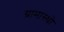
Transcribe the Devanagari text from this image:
ग्रामास्थो